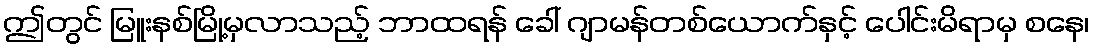
ဤတွင် မြူးနစ်မြို့မှလာသည့် ဘာထရန် ခေါ် ဂျာမန်တစ်ယောက်နှင့် ပေါင်းမိရာမှ စနေ၊